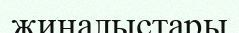
жиналыстары